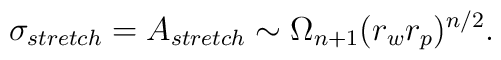
\sigma_{stretch}= A_{stretch} \sim \Omega_{n+1} (r_w r_p)^{n/2}.